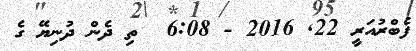
ފެބްރުއަރީ 22